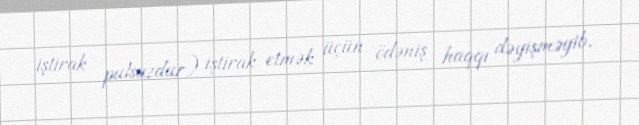
iştirak pulsuzdur) iştirak etmək üçün ödəniş haqqı dəyişməyib.